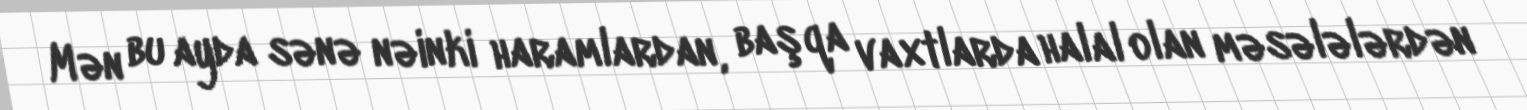
Mən bu ayda sənə nəinki haramlardan, başqa vaxtlarda halal olan məsələlərdən